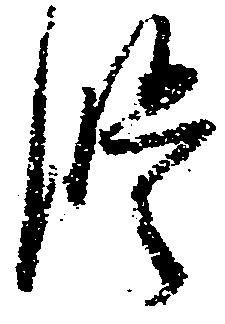
修